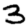
Digit: 3